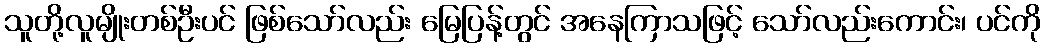
သူတို့လူမျိုးတစ်ဦးပင် ဖြစ်သော်လည်း မြေပြန့်တွင် အနေကြာသဖြင့် သော်လည်းကောင်း၊ ပင်ကို